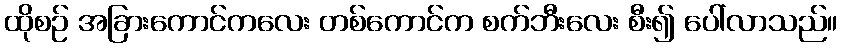
ထိုစဉ် အခြားကောင်ကလေး တစ်ကောင်က စက်ဘီးလေး စီး၍ ပေါ်လာသည်။